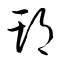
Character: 期